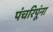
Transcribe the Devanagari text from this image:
पंचरिपूंना